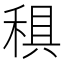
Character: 𥟭